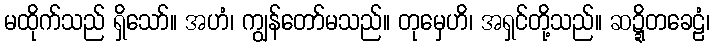
မထိုက်သည် ရှိသော်။ အဟံ၊ ကျွန်တော်မသည်။ တုမှေဟိ၊ အရှင်တို့သည်။ ဆဍ္ဍိတခေဠံ၊